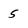
Character: 5